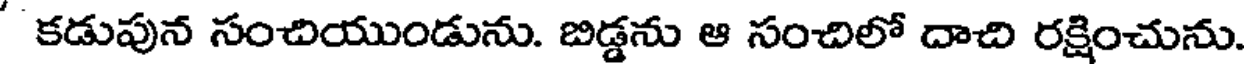
కడుపున సంచియుండును. బిడ్డను ఆ సంచిలో దాచి రక్షించును.